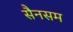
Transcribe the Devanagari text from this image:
सैनसम